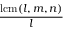
\frac { \operatorname { l c m } ( l , m , n ) } { l }